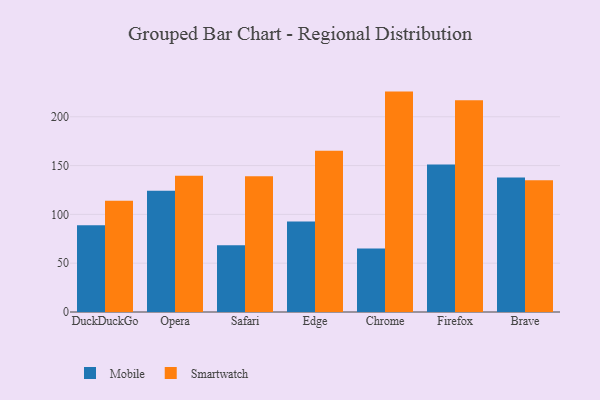
{"axis": {"x": "Browser", "y": "Inventory Turnover"}, "legend": ["Mobile", "Smartwatch"], "data": [{"x": "DuckDuckGo", "y": 89.0, "type": "Mobile"}, {"x": "DuckDuckGo", "y": 113.9, "type": "Smartwatch"}, {"x": "Opera", "y": 124.1, "type": "Mobile"}, {"x": "Opera", "y": 139.6, "type": "Smartwatch"}, {"x": "Safari", "y": 68.3, "type": "Mobile"}, {"x": "Safari", "y": 139.0, "type": "Smartwatch"}, {"x": "Edge", "y": 92.7, "type": "Mobile"}, {"x": "Edge", "y": 165.2, "type": "Smartwatch"}, {"x": "Chrome", "y": 65.0, "type": "Mobile"}, {"x": "Chrome", "y": 225.8, "type": "Smartwatch"}, {"x": "Firefox", "y": 151.2, "type": "Mobile"}, {"x": "Firefox", "y": 216.9, "type": "Smartwatch"}, {"x": "Brave", "y": 137.7, "type": "Mobile"}, {"x": "Brave", "y": 135.0, "type": "Smartwatch"}]}